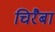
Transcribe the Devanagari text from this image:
चिरैबां